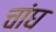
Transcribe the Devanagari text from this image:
चांघ